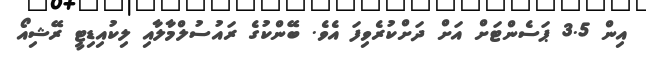
އިން 3.5 ޕަސެންޓަށް އަށް ދަށްކުރެވިފަ އެވެ. ބޭންކުގެ ރައުސުލްމާލާއި ލިކުއިޑިޓީ ރޭޝިއޯ